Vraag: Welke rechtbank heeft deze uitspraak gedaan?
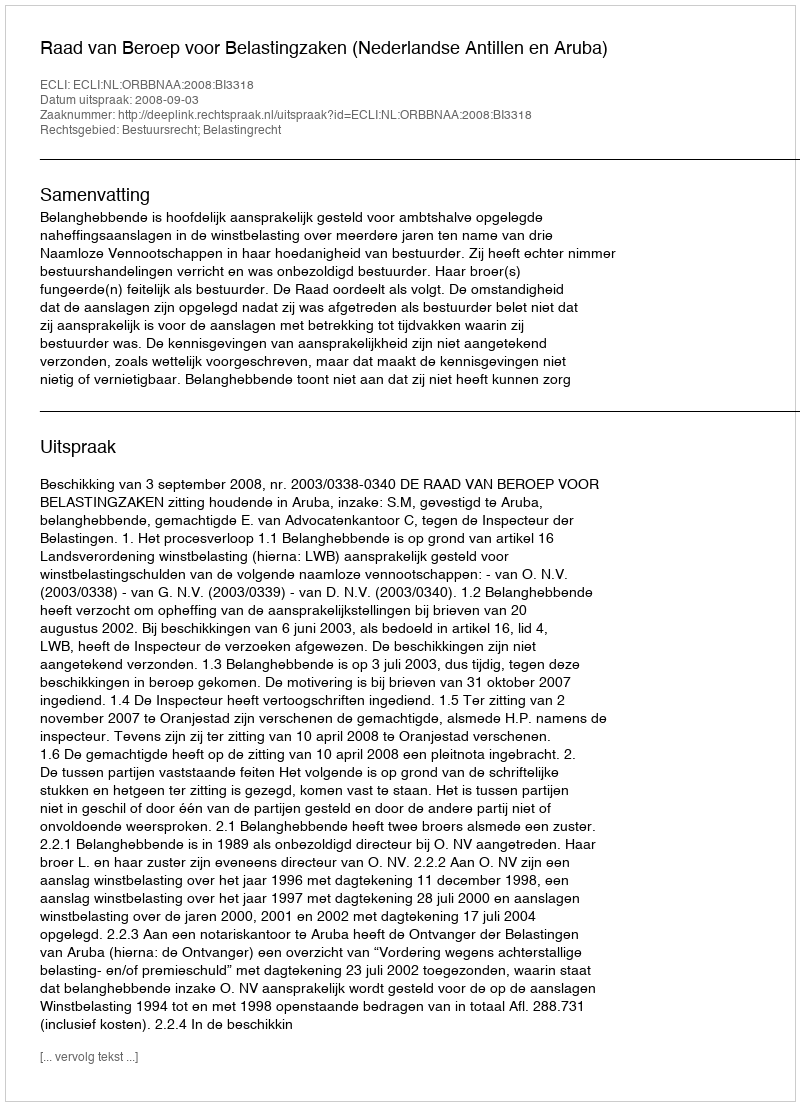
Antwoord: Raad van Beroep voor Belastingzaken (Nederlandse Antillen en Aruba)